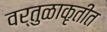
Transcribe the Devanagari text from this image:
वर्तुळाकृतीत